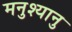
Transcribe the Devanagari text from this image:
मनुश्यानु